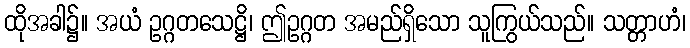
ထိုအခါ၌။ အယံ ဥဂ္ဂတသေဋ္ဌိ၊ ဤဥဂ္ဂတ အမည်ရှိသော သူကြွယ်သည်။ သတ္တာဟံ၊